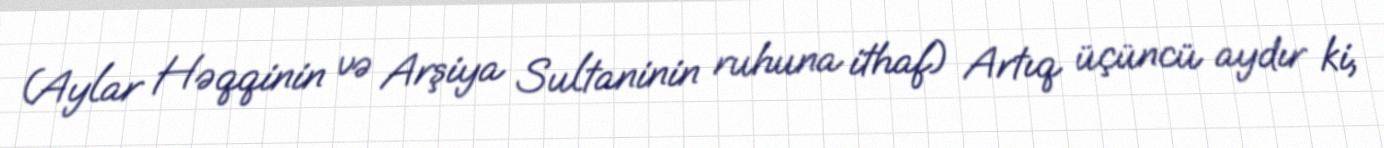
(Aylar Həqqinin və Arşiya Sultaninin ruhuna ithaf) Artıq üçüncü aydır ki,